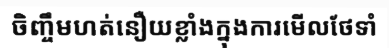
ចិញ្ចឹមហត់នឿយខ្លាំងក្នុងការមើលថែទាំ